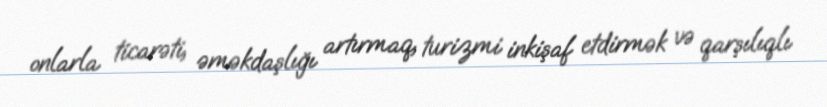
onlarla ticarəti, əməkdaşlığı artırmaq, turizmi inkişaf etdirmək və qarşılıqlı